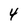
Character: 4